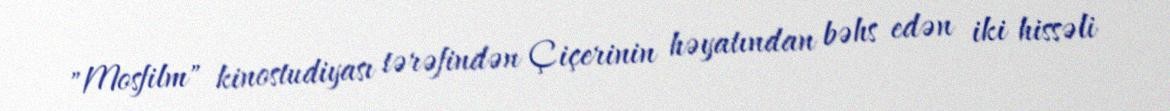
"Mosfilm" kinostudiyası tərəfindən Çiçerinin həyatından bəhs edən iki hissəli